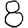
Digit: 8